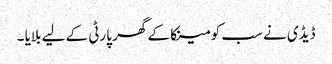
ڈیڈی نے سب کو مینکا کے گھر پارٹی کے لیے بلایا ۔